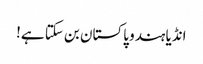
انڈیا ہندو پاکستان بن سکتا ہے!